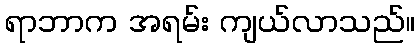
ရာဘာက အရမ်း ကျယ်လာသည်။